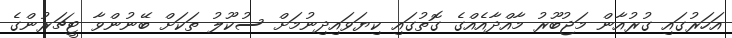
އަހަރުގައި ގުރުއާން މަޖުބޫރު މާއްދާއެއްގެ ގޮތުގައި ކިޔަވައިދިނުމަށް ސުކޫލު ތަކަށް ބޭނުންވާ ޓީޗަރުންގެ